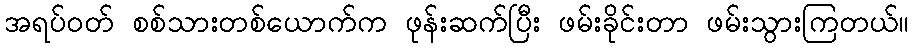
အရပ်ဝတ် စစ်သားတစ်ယောက်က ဖုန်းဆက်ပြီး ဖမ်းခိုင်းတာ ဖမ်းသွားကြတယ်။